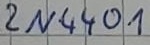
Text: 2N4401